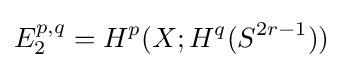
E_{2}^{p,q}=H^{p}(X;H^{q}(S^{2r-1}))